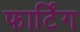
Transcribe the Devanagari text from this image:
फार्टिंग